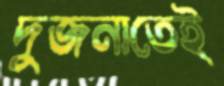
দুজনাতেই